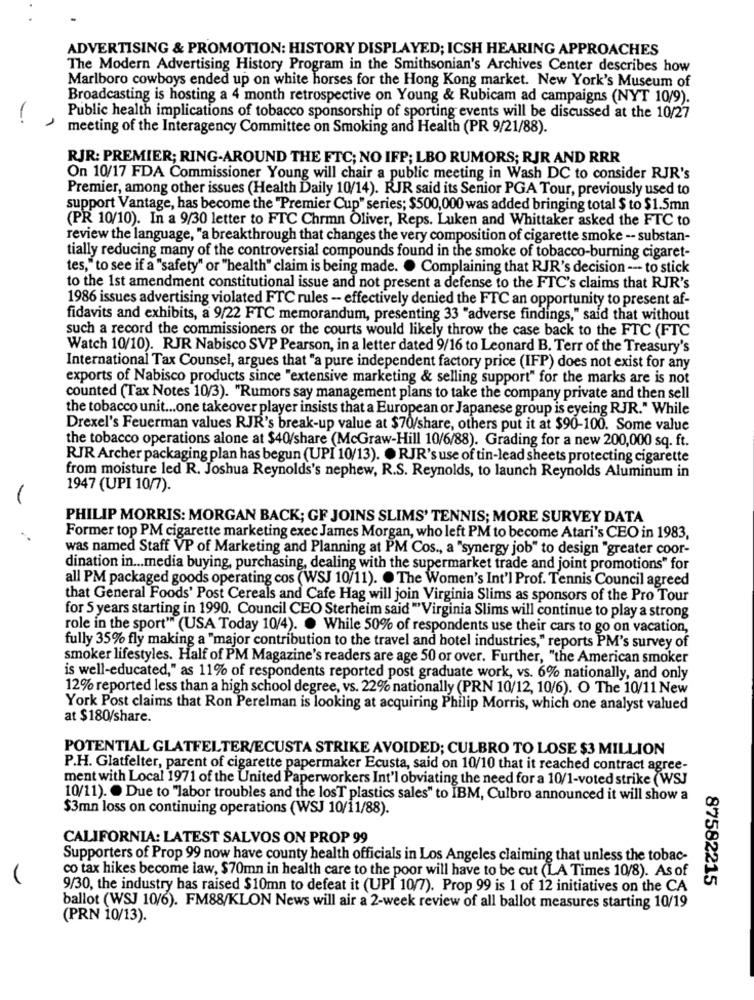
ADVERTISING & PROMOTION: HISTORY DISPLAYED; ICSH HEARING APPROACHES
The Modern Advertising History Program in the Smithsonian's Archives Center describes how
Marlboro cowboys ended up on white horses for the Hong Kong market. New York's Museum of
Broadcasting is hosting a 4 month retrospective on Young & Rubicam ad campaigns (NYT 10/9).
-
Public health implications of tobacco sponsorship of sporting events will be discussed at the 10/27
meeting of the Interagency Committee on Smoking and Health (PR 9/21/88).
RJR: PREMIER; RING-AROUND THE FTC; NO IFP; LBO RUMORS; RJR AND RRR
On 10/17 FDA Commissioner Young will chair a public meeting in Wash DC to consider RJR's
Premier, among other issues (Health Daily 10/14). RJR said its Senior PGA Tour, previously used to
support Vantage, has become the "Premier Cup" series; $500,000 was added bringing total $ to $1.5mn
(PR 10/10). In a 9/30 letter to FTC Chrmn Oliver, Reps. Luken and Whittaker asked the FTC to
review the language, "a breakthrough that changes the very composition of cigarette smoke -- substan-
tially reducing many of the controversial compounds found in the smoke of tobacco-burning cigaret-
tes," to see if a "safety" or "health" claim is being made. . Complaining that RJR's decision --- to stick
to the 1st amendment constitutional issue and not present a defense to the FTC's claims that RJR's
1986 issues advertising violated FTC rules -- effectively denied the FTC an opportunity to present af-
fidavits and exhibits, a 9/22 FTC memorandum, presenting 33 "adverse findings," said that without
such a record the commissioners or the courts would likely throw the case back to the FTC (FTC
Watch 10/10). RJR Nabisco SVP Pearson, in a letter dated 9/16 to Leonard B. Terr of the Treasury's
International Tax Counsel, argues that "a pure independent factory price (IFP) does not exist for any
exports of Nabisco products since "extensive marketing & selling support" for the marks are is not
counted (Tax Notes 10/3). "Rumors say management plans to take the company private and then sell
the tobacco unit ... one takeover player insists that a European or Japanese group is eyeing RJR." While
Drexel's Feuerman values RJR's break-up value at $70/share, others put it at $90-100. Some value
the tobacco operations alone at $40/share (McGraw-Hill 10/6/88). Grading for a new 200,000 sq. ft.
RJR Archer packaging plan has begun (UPI 10/13). . RJR's use of tin-lead sheets protecting cigarette
from moisture led R. Joshua Reynolds's nephew, R.S. Reynolds, to launch Reynolds Aluminum in
1947 (UPI 10/7).
PHILIP MORRIS: MORGAN BACK; GF JOINS SLIMS' TENNIS; MORE SURVEY DATA
Former top PM cigarette marketing exec James Morgan, who left PM to become Atari's CEO in 1983,
was named Staff VP of Marketing and Planning at PM Cos ., a "synergy job" to design "greater coor-
dination in ... media buying, purchasing, dealing with the supermarket trade and joint promotions" for
all PM packaged goods operating cos (WSJ 10/11). . The Women's Int'l Prof. Tennis Council agreed
that General Foods' Post Cereals and Cafe Hag will join Virginia Slims as sponsors of the Pro Tour
for 5 years starting in 1990. Council CEO Sterheim said "Virginia Slims will continue to play a strong
role in the sport" (USA Today 10/4). . While 50% of respondents use their cars to go on vacation,
fully 35% fly making a "major contribution to the travel and hotel industries," reports PM's survey of
smoker lifestyles. Half of PM Magazine's readers are age 50 or over. Further, "the American smoker
is well-educated," as 11% of respondents reported post graduate work, vs. 6% nationally, and only
12% reported less than a high school degree, vs. 22% nationally (PRN 10/12, 10/6). O The 10/11 New
York Post claims that Ron Perelman is looking at acquiring Philip Morris, which one analyst valued
at $180/share.
POTENTIAL GLATFELTER/ECUSTA STRIKE AVOIDED; CULBRO TO LOSE $3 MILLION
P.H. Glatfelter, parent of cigarette papermaker Ecusta, said on 10/10 that it reached contract agree-
ment with Local 1971 of the United Paperworkers Int'l obviating the need for a 10/1-voted strike (WSJ
10/11). . Due to "labor troubles and the losT plastics sales" to IBM, Culbro announced it will show a
$3mn loss on continuing operations (WSJ 10/11/88).
CALIFORNIA: LATEST SALVOS ON PROP 99
Supporters of Prop 99 now have county health officials in Los Angeles claiming that unless the tobac-
co tax hikes become law, $70mn in health care to the poor will have to be cut (LA Times 10/8). As of
87582215
9/30, the industry has raised $10mn to defeat it (UPI 10/7). Prop 99 is 1 of 12 initiatives on the CA
ballot (WSJ 10/6). FM88/KLON News will air a 2-week review of all ballot measures starting 10/19
(PRN 10/13).